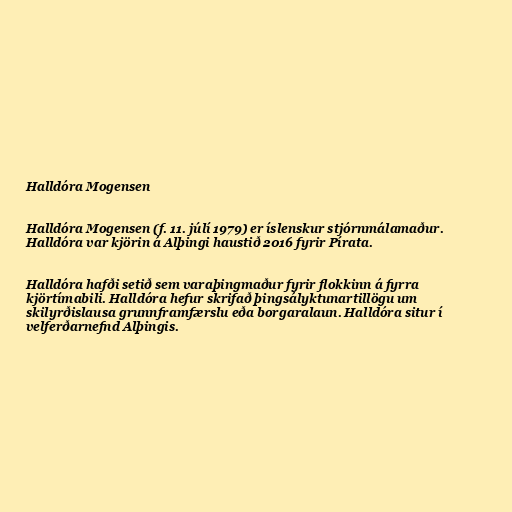
Halldóra Mogensen

Halldóra Mogensen (f. 11. júlí 1979) er íslenskur stjórnmálamaður.
Halldóra var kjörin á Alþingi haustið 2016 fyrir Pírata.

Halldóra hafði setið sem varaþingmaður fyrir flokkinn á fyrra
kjörtímabili. Halldóra hefur skrifað þingsályktunartillögu um
skilyrðislausa grunnframfærslu eða borgaralaun. Halldóra situr í
velferðarnefnd Alþingis.